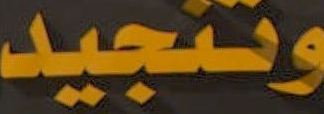
وتنجيد